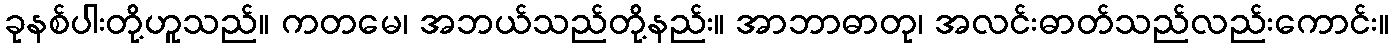
ခုနစ်ပါးတို့ဟူသည်။ ကတမေ၊ အဘယ်သည်တို့နည်း။ အာဘာဓာတု၊ အလင်းဓာတ်သည်လည်းကောင်း။